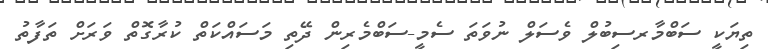
ތިޔަކީ ސަބްމާރސިބުލް ވެސަލް ނުވަތަ ސެމީ-ސަބްމެރިން ދޭތި މަސައްކަތް ކުރާގޮތް ވަރަށް ތަފާތު